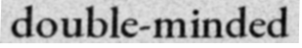
double-minded